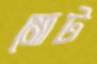
মোট